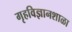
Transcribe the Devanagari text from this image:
गृहविज्ञानशाळा